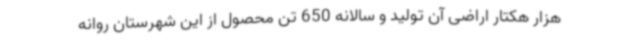
هزار هکتار اراضی آن تولید و سالانه 650 تن محصول از این شهرستان روانه